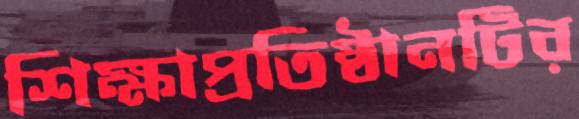
শিক্ষাপ্রতিষ্ঠানটির